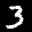
Label: 3